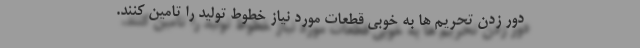
دور زدن تحریم ها به خوبی قطعات مورد نیاز خطوط تولید را تامین کنند.